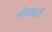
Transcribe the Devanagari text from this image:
जीवनही